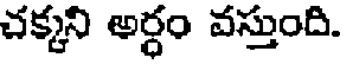
చక్కని అర్ధం వస్తుంది.